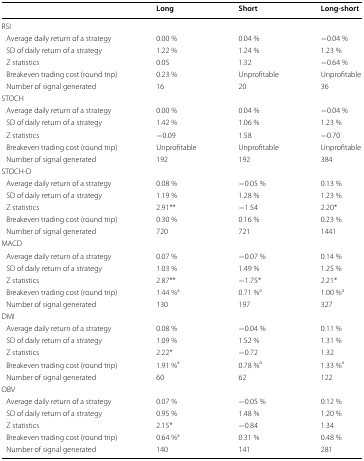
|  | Long | Short | Long-short |
 | --- | --- | --- | --- |
 | <COLSPAN=4> RSI |
 | Average daily return of a strategy | 0.00 % | 0.04 % | −0.04 % |
 | SD of daily return of a strategy | 1.22 % | 1.24 % | 1.23 % |
 | Z statistics | 0.05 | 1.32 | −0.64 % |
 | Breakeven trading cost (round trip) | 0.23 % | Unprofitable | Unprofitable |
 | Number of signal generated | 16 | 20 | 36 |
 | <COLSPAN=4> STOCH |
 | Average daily return of a strategy | 0.00 % | 0.04 % | −0.04 % |
 | SD of daily return of a strategy | 1.42 % | 1.06 % | 1.23 % |
 | Z statistics | −0.09 | 1.58 | −0.70 |
 | Breakeven trading cost (round trip) | Unprofitable | Unprofitable | Unprofitable |
 | Number of signal generated | 192 | 192 | 384 |
 | <COLSPAN=4> STOCH-D |
 | Average daily return of a strategy | 0.08 % | −0.05 % | 0.13 % |
 | SD of daily return of a strategy | 1.19 % | 1.28 % | 1.23 % |
 | Z statistics | 2.91** | −1.54 | 2.20* |
 | Breakeven trading cost (round trip) | 0.30 % | 0.16 % | 0.23 % |
 | Number of signal generated | 720 | 721 | 1441 |
 | <COLSPAN=4> MACD |
 | Average daily return of a strategy | 0.07 % | −0.07 % | 0.14 % |
 | SD of daily return of a strategy | 1.03 % | 1.49 % | 1.25 % |
 | Z statistics | 2.87** | −1.75* | 2.21* |
 | Breakeven trading cost (round trip) | 1.44 %a | 0.71 %a | 1.00 %a |
 | Number of signal generated | 130 | 197 | 327 |
 | <COLSPAN=4> DMI |
 | Average daily return of a strategy | 0.08 % | −0.04 % | 0.11 % |
 | SD of daily return of a strategy | 1.09 % | 1.52 % | 1.31 % |
 | Z statistics | 2.22* | −0.72 | 1.32 |
 | Breakeven trading cost (round trip) | 1.91 %a | 0.78 %a | 1.33 %a |
 | Number of signal generated | 60 | 62 | 122 |
 | <COLSPAN=4> OBV |
 | Average daily return of a strategy | 0.07 % | −0.05 % | 0.12 % |
 | SD of daily return of a strategy | 0.95 % | 1.48 % | 1.20 % |
 | Z statistics | 2.15* | −0.84 | 1.34 |
 | Breakeven trading cost (round trip) | 0.64 %a | 0.31 % | 0.48 % |
 | Number of signal generated | 140 | 141 | 281 |